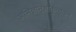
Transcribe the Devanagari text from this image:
अभिज्ञानशाकुन्तळम्